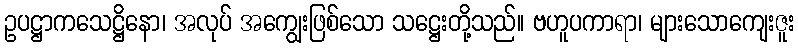
ဥပဋ္ဌာကသေဋ္ဌိနော၊ အလုပ် အကျွေးဖြစ်သော သဋ္ဌေးတို့သည်။ ဗဟူပကာရာ၊ များသောကျေးဇူး